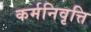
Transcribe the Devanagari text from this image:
कर्मनिवृत्ति